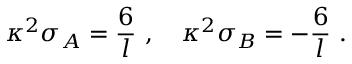
\kappa ^ { 2 } \sigma _ { A } = \frac { 6 } { l } \ , \quad \kappa ^ { 2 } \sigma _ { B } = - \frac { 6 } { l } \ .